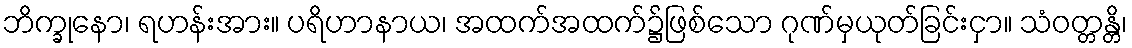
ဘိက္ခုနော၊ ရဟန်းအား။ ပရိဟာနာယ၊ အထက်အထက်၌ဖြစ်သော ဂုဏ်မှယုတ်ခြင်းငှာ။ သံဝတ္တန္တိ၊